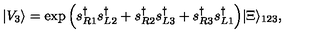
| V _ { 3 } \rangle = \exp \Big ( s _ { R 1 } ^ { \dag } s _ { L 2 } ^ { \dag } + s _ { R 2 } ^ { \dag } s _ { L 3 } ^ { \dag } + s _ { R 3 } ^ { \dag } s _ { L 1 } ^ { \dag } \Big ) | \Xi \rangle _ { 1 2 3 } ,